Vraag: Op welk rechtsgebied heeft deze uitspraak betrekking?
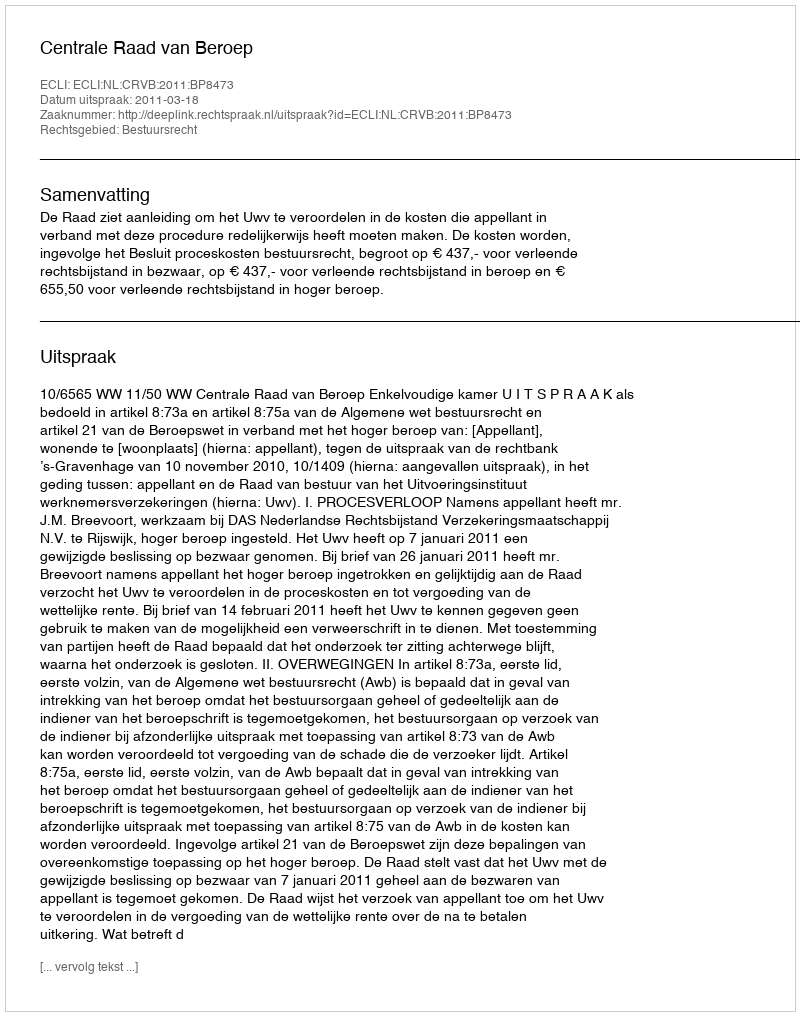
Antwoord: Bestuursrecht